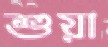
শুয়া